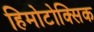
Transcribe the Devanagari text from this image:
हिमोटोक्सिक